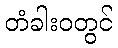
တံခါးဝတွင်